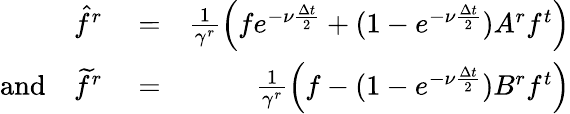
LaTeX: \begin{array}{rlr}{\hat{f}^{r}}&{{}=}&{\frac{1}{\gamma^{r}}\left(fe^{-\nu\frac{\Delta t}{2}}+(1-e^{-\nu\frac{\Delta t}{2}})A^{r}f^{t}\right)}\\ {\textrm{and}\quad\widetilde{f}^{r}}&{{}=}&{\frac{1}{\gamma^{r}}\left(f-(1-e^{-\nu\frac{\Delta t}{2}})B^{r}f^{t}\right)}\end{array}